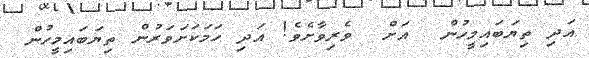
އަދި ތިޔަބައިމީހުން  އަށް  ވެރިވާށެވެ! އަދި ހަމަކަށަވަރުން ތިޔަބައިމީހުން